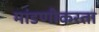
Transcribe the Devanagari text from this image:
मांडणीकरता